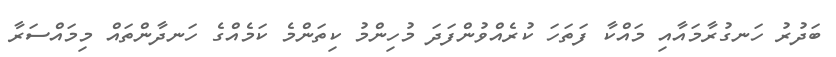
ބަދުރު ހަނގުރާމައާއި މައްކާ ފަތަހަ ކުރެއްވުންފަދަ މުހިންމު ކިތަންމެ ކަމެއްގެ ހަނދާންތައް މިމައްސަރާ